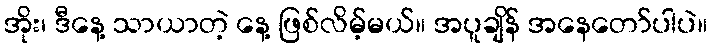
အိုး၊ ဒီနေ့ သာယာတဲ့ နေ့ ဖြစ်လိမ့်မယ်။ အပူချိန် အနေတော်ပါပဲ။